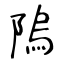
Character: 隖